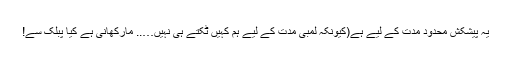
یہ پیشکش محدود مدت کے لیے ہے(کیونکہ لمبی مدت کے لیے ہم کہیں ٹکتے ہی نہیں….. مارکھانی ہے کیا پبلک سے!